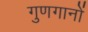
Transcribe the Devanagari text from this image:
गुणगानों